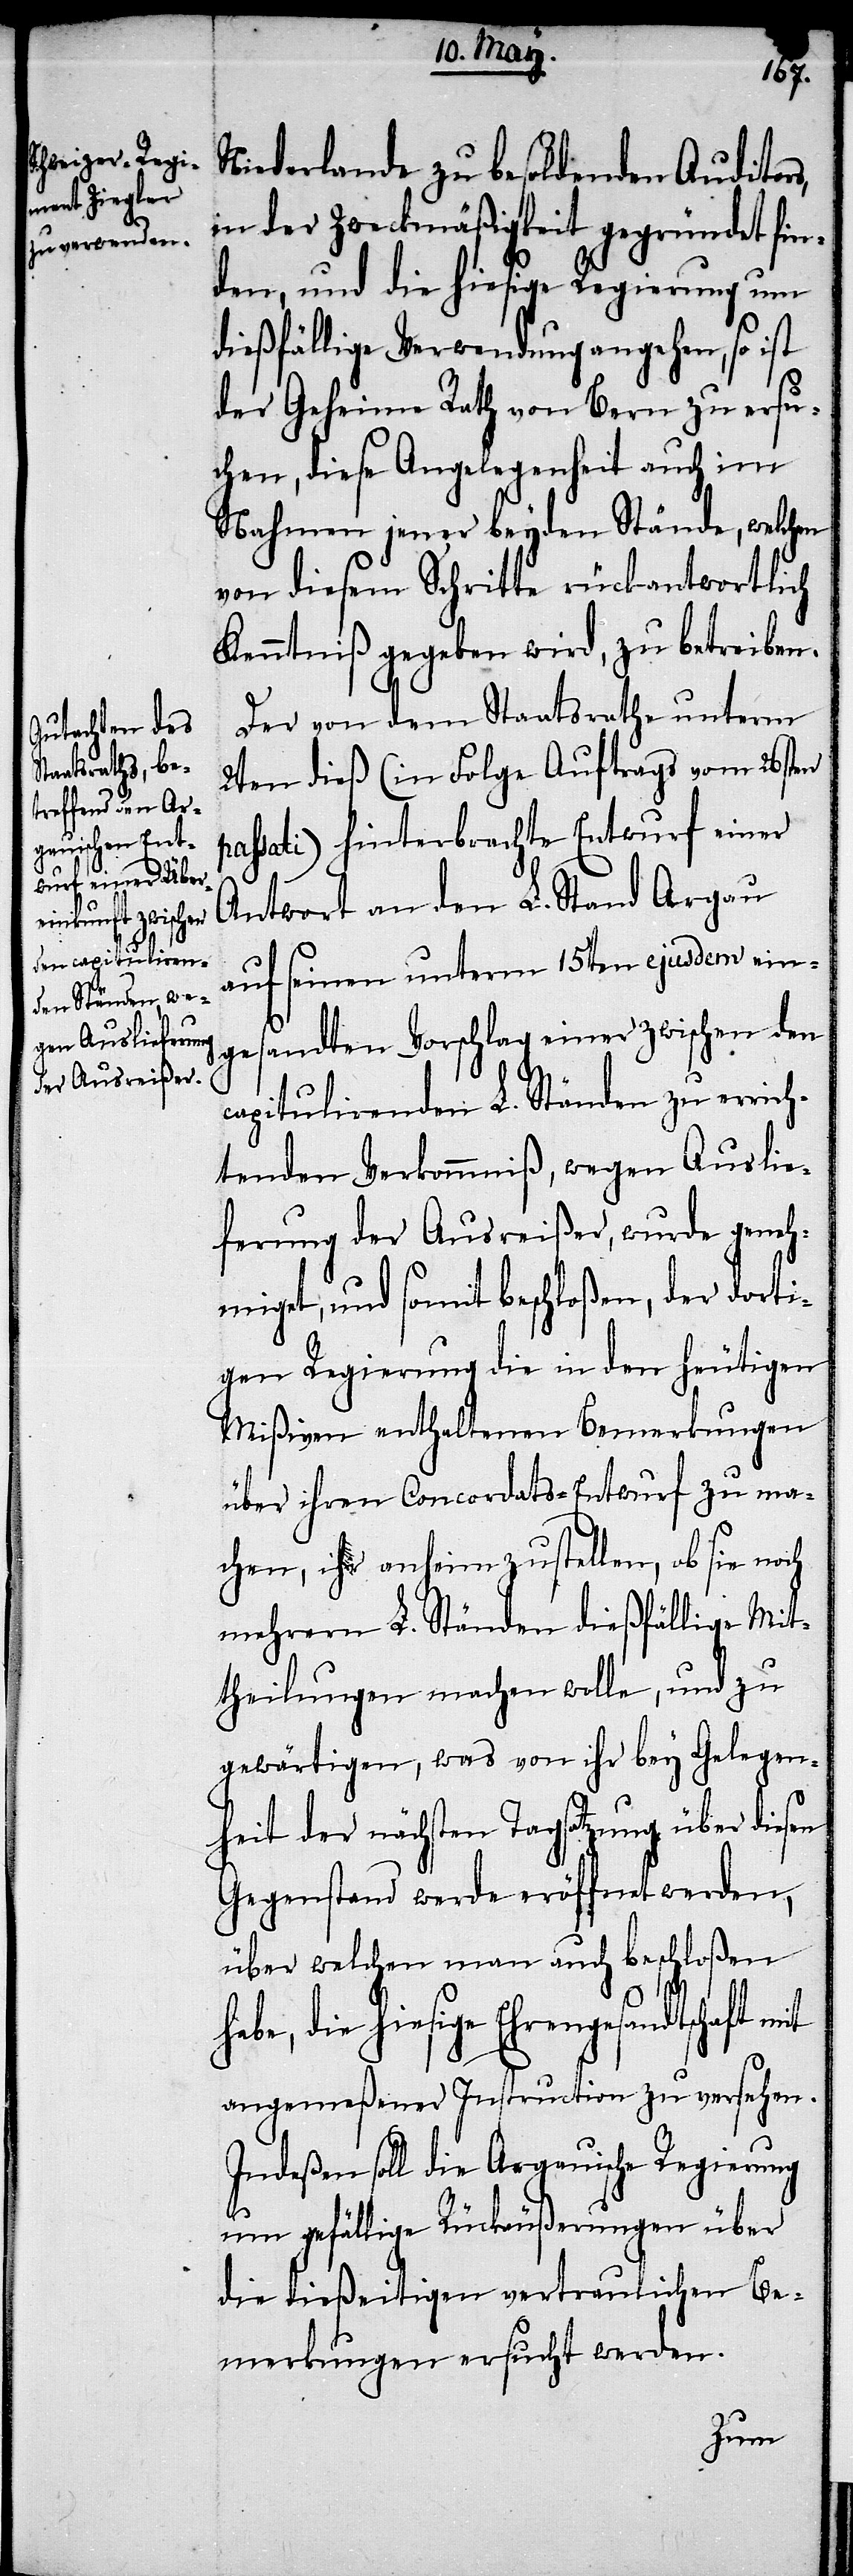
Niederlande zu besoldenden Auditors,
in der Zweckmäßigkeit gegründet fin¬
den, und die hiesige Regierung um
dießfällige Verwendung angehen, so ist
der Geheime Rath von Bern zu ersu¬
chen, diese Angelegenheit auch im
Nahmen jener beyden Stände, welchen
von diesem Schritte rückantwortlich
Kenntniß gegeben wird, zu betreiben.
Der von dem Staatsrathe unterm
2ten dieß (in Folge Auftrags vom 26sten
passati) hinterbrachte Entwurf einer
Antwort an den L. Stand Argau
auf seinen unterm 15ten ejusdem ein¬
gesandten Vorschlag einer zwischen den
capitulirenden L. Ständen zu erric¬
htenden Verkommniß, wegen Auslie¬
ferung der Ausreißer, wurde geneh¬
miget, und somit beschloßen, der dorti¬
gen Regierung die in den heutigen
Mißiven enthaltenen Bemerkungen
über ihren Concordats-Entwurf zu ma¬
chen, ihr anheim zustellen, ob sie noch
mehrern L. Ständen dießfällige Mit¬
theilungen machen wolle, und zu
gewärtigen, was von ihr bey Gelegen¬
heit der nächsten Tagsatzung über diesen
Gegenstand werde eröffnet werden,
über welchen man auch beschloßen
die hiesige Ehrengesandtschaft
angemeßener Instruction zu versehen.
Indeßen soll die Argauische Regierung
um gefällige Rückäußerungen über
die dießeitigen vertraulichen Be¬
merkungen ersucht werden.